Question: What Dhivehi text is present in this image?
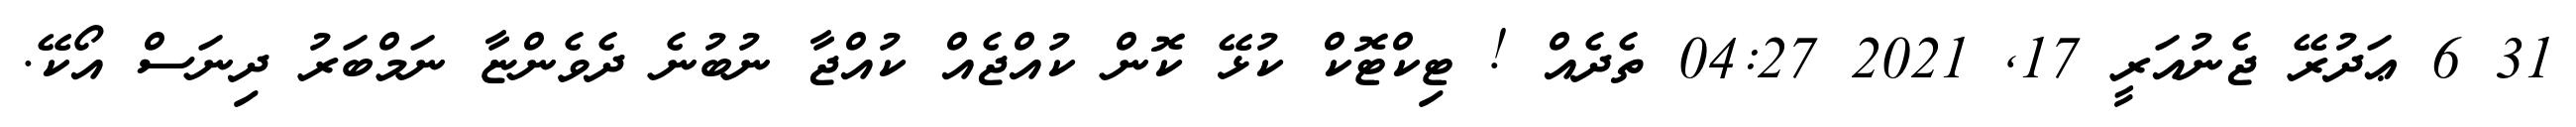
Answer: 31 6 ޢަދުރޭ ޖެނުއަރީ 17, 2021 04:27 ތެދެއް ! ޓިކްޓޮކް ކުޅޭ ކޮން ކުއްޖެއް ކުއްޖާ ނުބުނެ ދެވެންޏާ ނަމްބަރު ދިނަސް އޯކޭ.